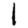
Digit: 1